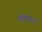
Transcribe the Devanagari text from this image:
ऑडीटर